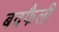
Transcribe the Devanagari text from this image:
बदफैली